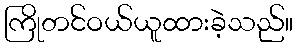
ကြိုတင်ဝယ်ယူထားခဲ့သည်။